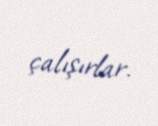
çalışırlar.